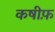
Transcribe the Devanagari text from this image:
कषीफ़